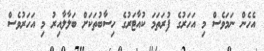
އެހެން ނަމަވެސް މި އަހަރުގެ ފުރަތަމަ ކުއާޓަރުގެ ހިސާބުތަކަށް ބަލާލާއިރު މި އަހަރުވެސް